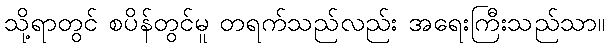
သို့ရာတွင် စပိန်တွင်မူ တရက်သည်လည်း အရေးကြီးသည်သာ။